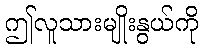
ဤလူသားမျိုးနွယ်ကို